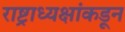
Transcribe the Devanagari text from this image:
राष्ट्राध्यक्षांकडून